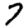
Digit: 7